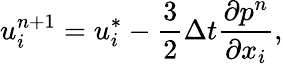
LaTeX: u_{i}^{n+1}=u_{i}^{*}-\frac{3}{2}\Delta t\frac{\partial p^{n}}{\partial x_{i}},